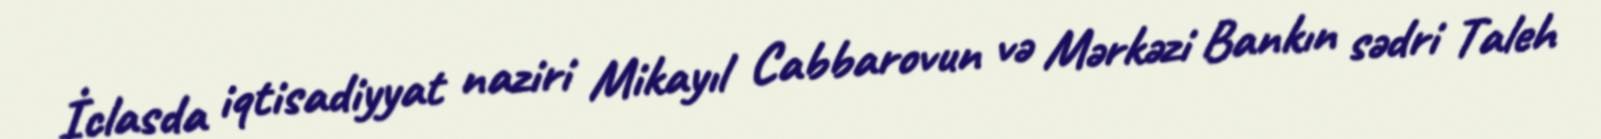
İclasda iqtisadiyyat naziri Mikayıl Cabbarovun və Mərkəzi Bankın sədri Taleh